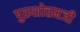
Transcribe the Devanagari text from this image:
पुरुशोत्तमजी